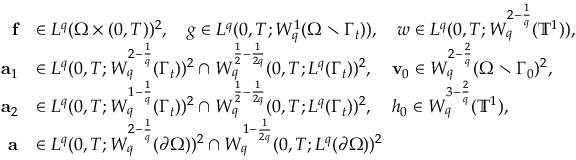
\begin{array} { r l } { \mathbf { f } } & { \in L ^ { q } ( \Omega \times ( 0 , T ) ) ^ { 2 } , \quad g \in L ^ { q } ( 0 , T ; W _ { q } ^ { 1 } ( \Omega \setminus \Gamma _ { t } ) ) , \quad w \in L ^ { q } ( 0 , T ; W _ { q } ^ { 2 - \frac 1 q } ( \ensuremath { \mathbb { T } } ^ { 1 } ) ) , } \\ { \mathbf { a } _ { 1 } } & { \in L ^ { q } ( 0 , T ; W _ { q } ^ { 2 - \frac 1 q } ( \Gamma _ { t } ) ) ^ { 2 } \cap W _ { q } ^ { \frac 1 2 - \frac 1 { 2 q } } ( 0 , T ; L ^ { q } ( \Gamma _ { t } ) ) ^ { 2 } , \quad \mathbf { v } _ { 0 } \in W _ { q } ^ { 2 - \frac 2 q } ( \Omega \setminus \Gamma _ { 0 } ) ^ { 2 } , } \\ { \mathbf { a } _ { 2 } } & { \in L ^ { q } ( 0 , T ; W _ { q } ^ { 1 - \frac 1 q } ( \Gamma _ { t } ) ) ^ { 2 } \cap W _ { q } ^ { \frac 1 2 - \frac 1 { 2 q } } ( 0 , T ; L ^ { q } ( \Gamma _ { t } ) ) ^ { 2 } , \quad h _ { 0 } \in W _ { q } ^ { 3 - \frac 2 q } ( \ensuremath { \mathbb { T } } ^ { 1 } ) , } \\ { \mathbf { a } } & { \in L ^ { q } ( 0 , T ; W _ { q } ^ { 2 - \frac 1 q } ( \partial \Omega ) ) ^ { 2 } \cap W _ { q } ^ { 1 - \frac 1 { 2 q } } ( 0 , T ; L ^ { q } ( \partial \Omega ) ) ^ { 2 } } \end{array}